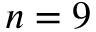
n = 9